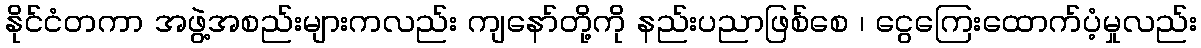
နိုင်ငံတကာ အဖွဲ့အစည်းများကလည်း ကျနော်တို့ကို နည်းပညာဖြစ်စေ ၊ ငွေကြေးထောက်ပံ့မှုလည်း